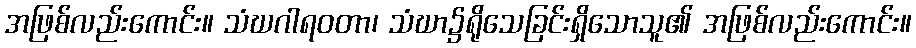
အဖြစ်လည်းကောင်း။ သံဃဂါရဝတာ၊ သံဃာ၌ရိုသေခြင်းရှိသောသူ၏ အဖြစ်လည်းကောင်း။